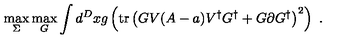
\max _ { \Sigma } \max _ { G } \int d ^ { D } x g \left( \mathrm { t r } \left( G V ( A - a ) V ^ { \dagger } G ^ { \dagger } + G \partial G ^ { \dagger } \right) ^ { 2 } \right) \ .